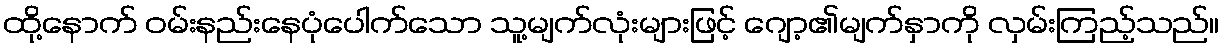
ထို့နောက် ဝမ်းနည်းနေပုံပေါက်သော သူ့မျက်လုံးများဖြင့် ဂျော့၏မျက်နှာကို လှမ်းကြည့်သည်။